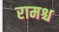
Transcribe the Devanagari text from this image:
रामश्च